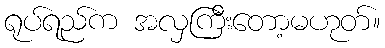
ရုပ်ရည်က အလှကြီးတော့မဟုတ်။